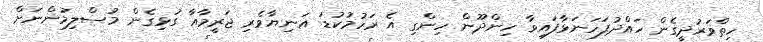
ހިތްވަރުދީގެން ހައްދުފަހަނަޅާފައިވާ ހިންދޫން ހިންގި އެ ރަހުމުކުޑަ އަނިޔާވެރި ޖަރީމާއާ ގުޅިގެން މުސްލިމުންނަށް